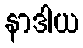
နာဒါယ